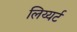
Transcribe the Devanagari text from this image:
लिय्यर्ट